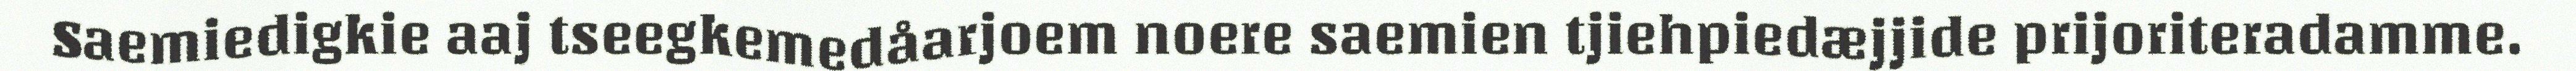
Saemiedigkie aaj tseegkemedåarjoem noere saemien tjiehpiedæjjide prijoriteradamme.